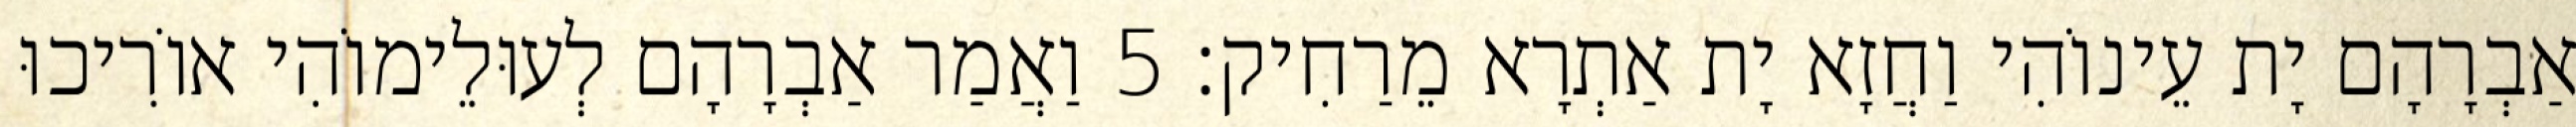
אַבְרָהָם יָת עֵינוֹהִי וַחֲזָא יָת אַתְרָא מֵרַחִיק׃ 5 וַאֲמַר אַבְרָהָם לְעוּלֵימוֹהִי אוֹרִיכוּ